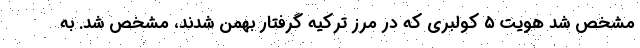
مشخص شد هویت ۵ کولبری که در مرز ترکیه گرفتار بهمن شدند، مشخص شد. به